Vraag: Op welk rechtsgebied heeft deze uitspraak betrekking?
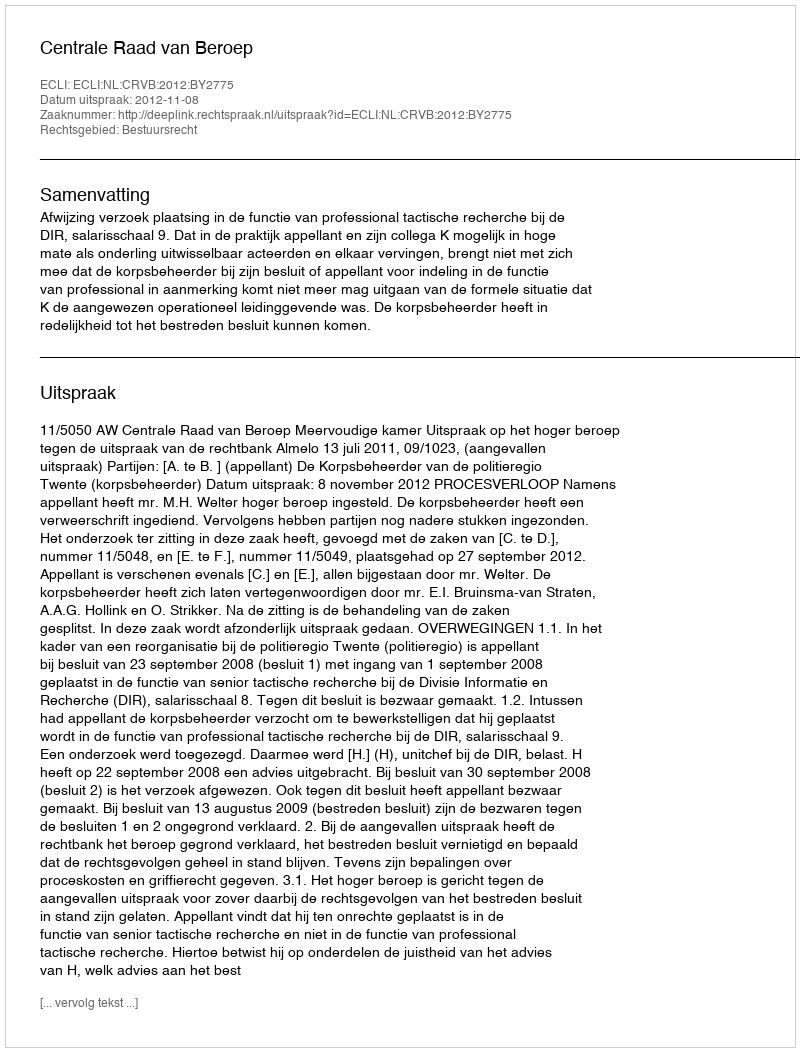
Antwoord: Bestuursrecht